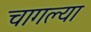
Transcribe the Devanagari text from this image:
चागल्या